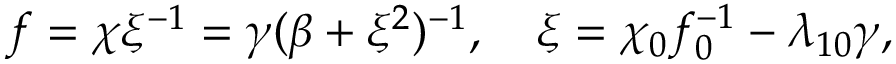
f = \chi \xi ^ { - 1 } = \gamma ( \beta + \xi ^ { 2 } ) ^ { - 1 } , \quad \xi = \chi _ { 0 } f _ { 0 } ^ { - 1 } - \lambda _ { 1 0 } \gamma ,